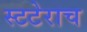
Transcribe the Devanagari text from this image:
स्टटेराच